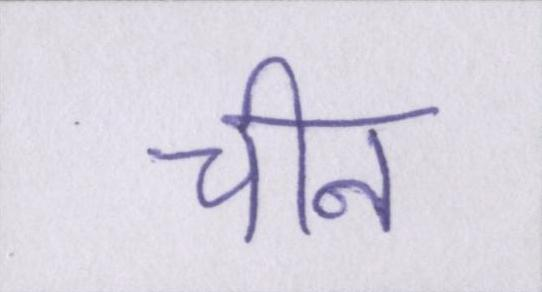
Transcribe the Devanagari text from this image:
चीन